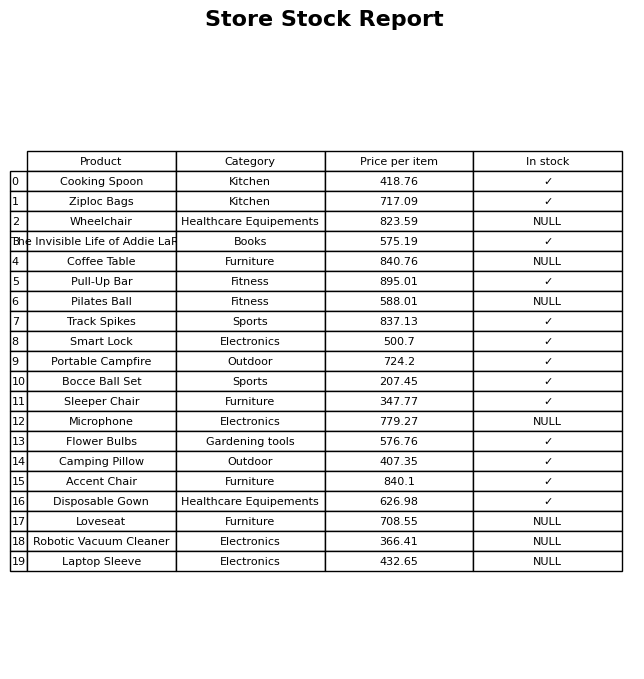
question: Is the Pull-Up Bar in stock?
answer: ✓